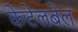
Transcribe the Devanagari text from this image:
केटेलबेल